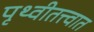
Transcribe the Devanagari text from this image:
पृथ्वीतत्त्वात